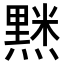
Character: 𮮘